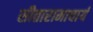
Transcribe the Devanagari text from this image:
सीतारामाचार्य